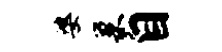
婆巢自